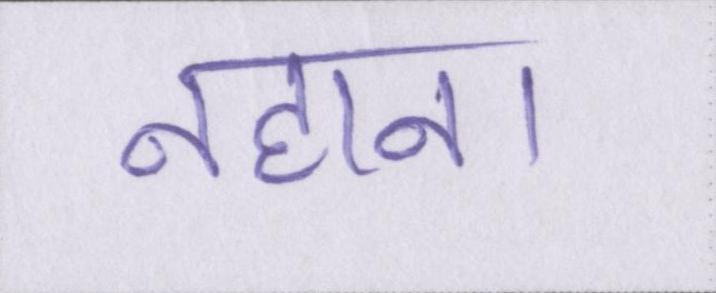
नहाना